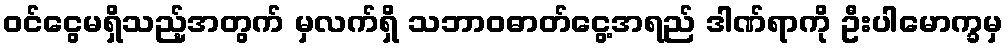
ဝင်ငွေမရှိသည့်အတွက် မှလက်ရှိ သဘာဝဓာတ်ငွေ့အရည် ဒါဏ်ရာကို ဦးပါမောက္ခမှ